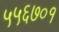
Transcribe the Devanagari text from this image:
५५६७०१